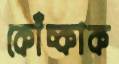
কোঁচ্‌কাক